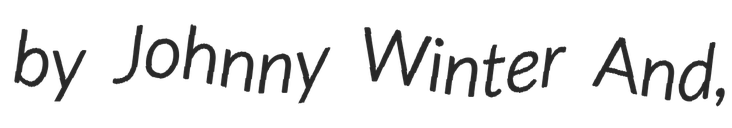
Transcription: by Johnny Winter And,